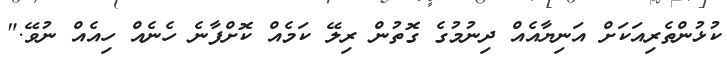
ކުޅުންތެރިއަކަށް އަނިޔާއެއް ދިނުމުގެ ގޮތުން ރިލޭ ކަމެއް ކޮށްފާނެ ހެނެއް ހިއެއް ނުވޭ."